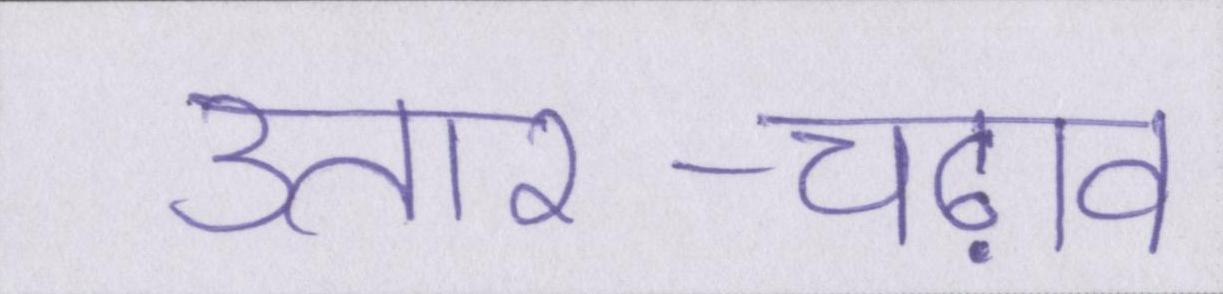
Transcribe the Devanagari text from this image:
उतार-चढ़ाव